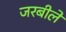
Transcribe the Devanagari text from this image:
जरबीले